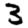
Digit: 3